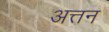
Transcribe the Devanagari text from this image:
अत्तन